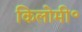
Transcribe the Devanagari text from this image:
किलोमी॰